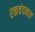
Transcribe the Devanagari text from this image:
रक्तचंदनात